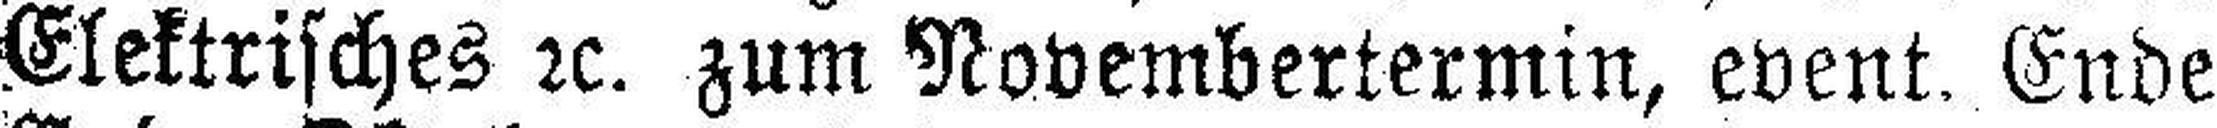
Elektrisches 2c. zum Novembertermin, event. Ende